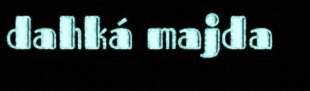
dahká majda